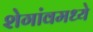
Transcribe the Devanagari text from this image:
शेगांवमध्ये